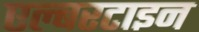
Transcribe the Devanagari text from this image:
एल्बरटाइन